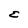
Character: E